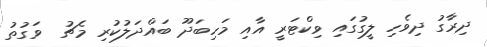
ދިރާގު ދިވެހި ލީގުގައި ވިކްޓަރީ އާއި މަހިބަދޫ ބައްދަލުކުރި މެޗު  ވަގުތު